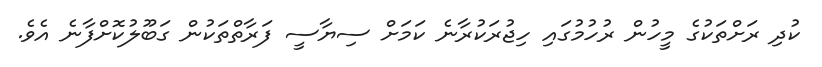
ކުދި ރަށްތަކުގެ މީހުން ރުހުމުގައި ހިޖުރަކުރާނެ ކަމަށް ސިޔާސީ ފަރާތްތަކުން ގަބޫލުކޮށްފާނެ އެވެ.